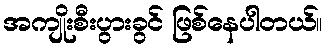
အကျိုးစီးပွားခွင် ဖြစ်နေပါတယ်။